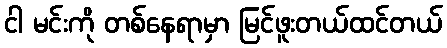
ငါ မင်းကို တစ်နေရာမှာ မြင်ဖူးတယ်ထင်တယ်